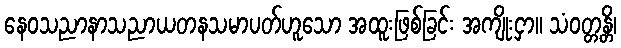
နေဝသညာနာသညာယတနသမာပတ်ဟူသော အထူးဖြစ်ခြင်း အကျိုးငှာ။ သံဝတ္တန္တိ၊